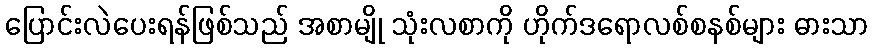
ပြောင်းလဲပေးရန်ဖြစ်သည် အစာမျို သုံးလစာကို ဟိုက်ဒရောလစ်စနစ်များ ဓားသာ